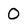
Character: O